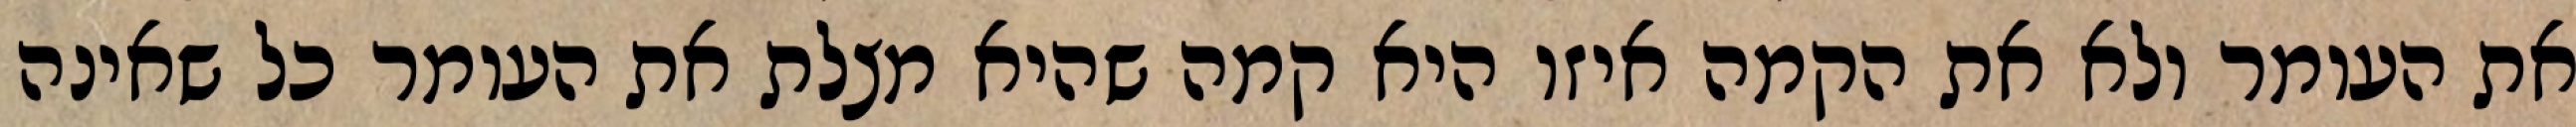
את העומר ולא את הקמה איזו היא קמה שהיא מצלת את העומר כל שאינה